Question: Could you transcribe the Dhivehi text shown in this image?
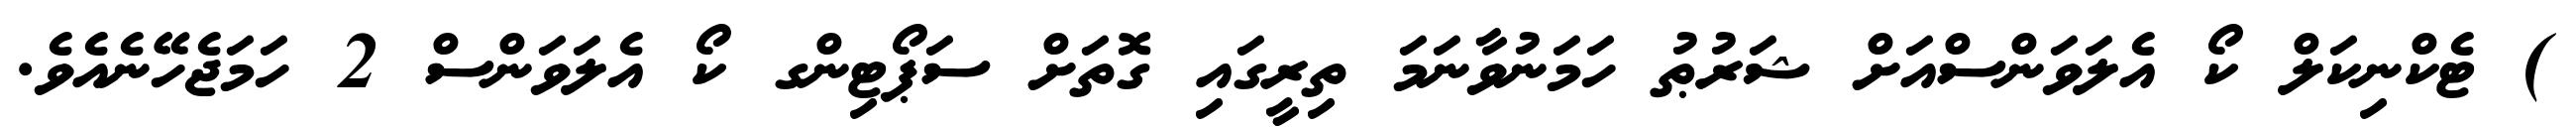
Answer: ) ޓެކްނިކަލް ކޯ އެލަވަންސްއަށް ޝަރުޠު ހަމަނުވާނަމަ ތިރީގައި ގޮތަށް ސަޕޯޓިންގ ކޯ އެލަވަންސް 2 ހަމަޖެހޭނެއެވެ.